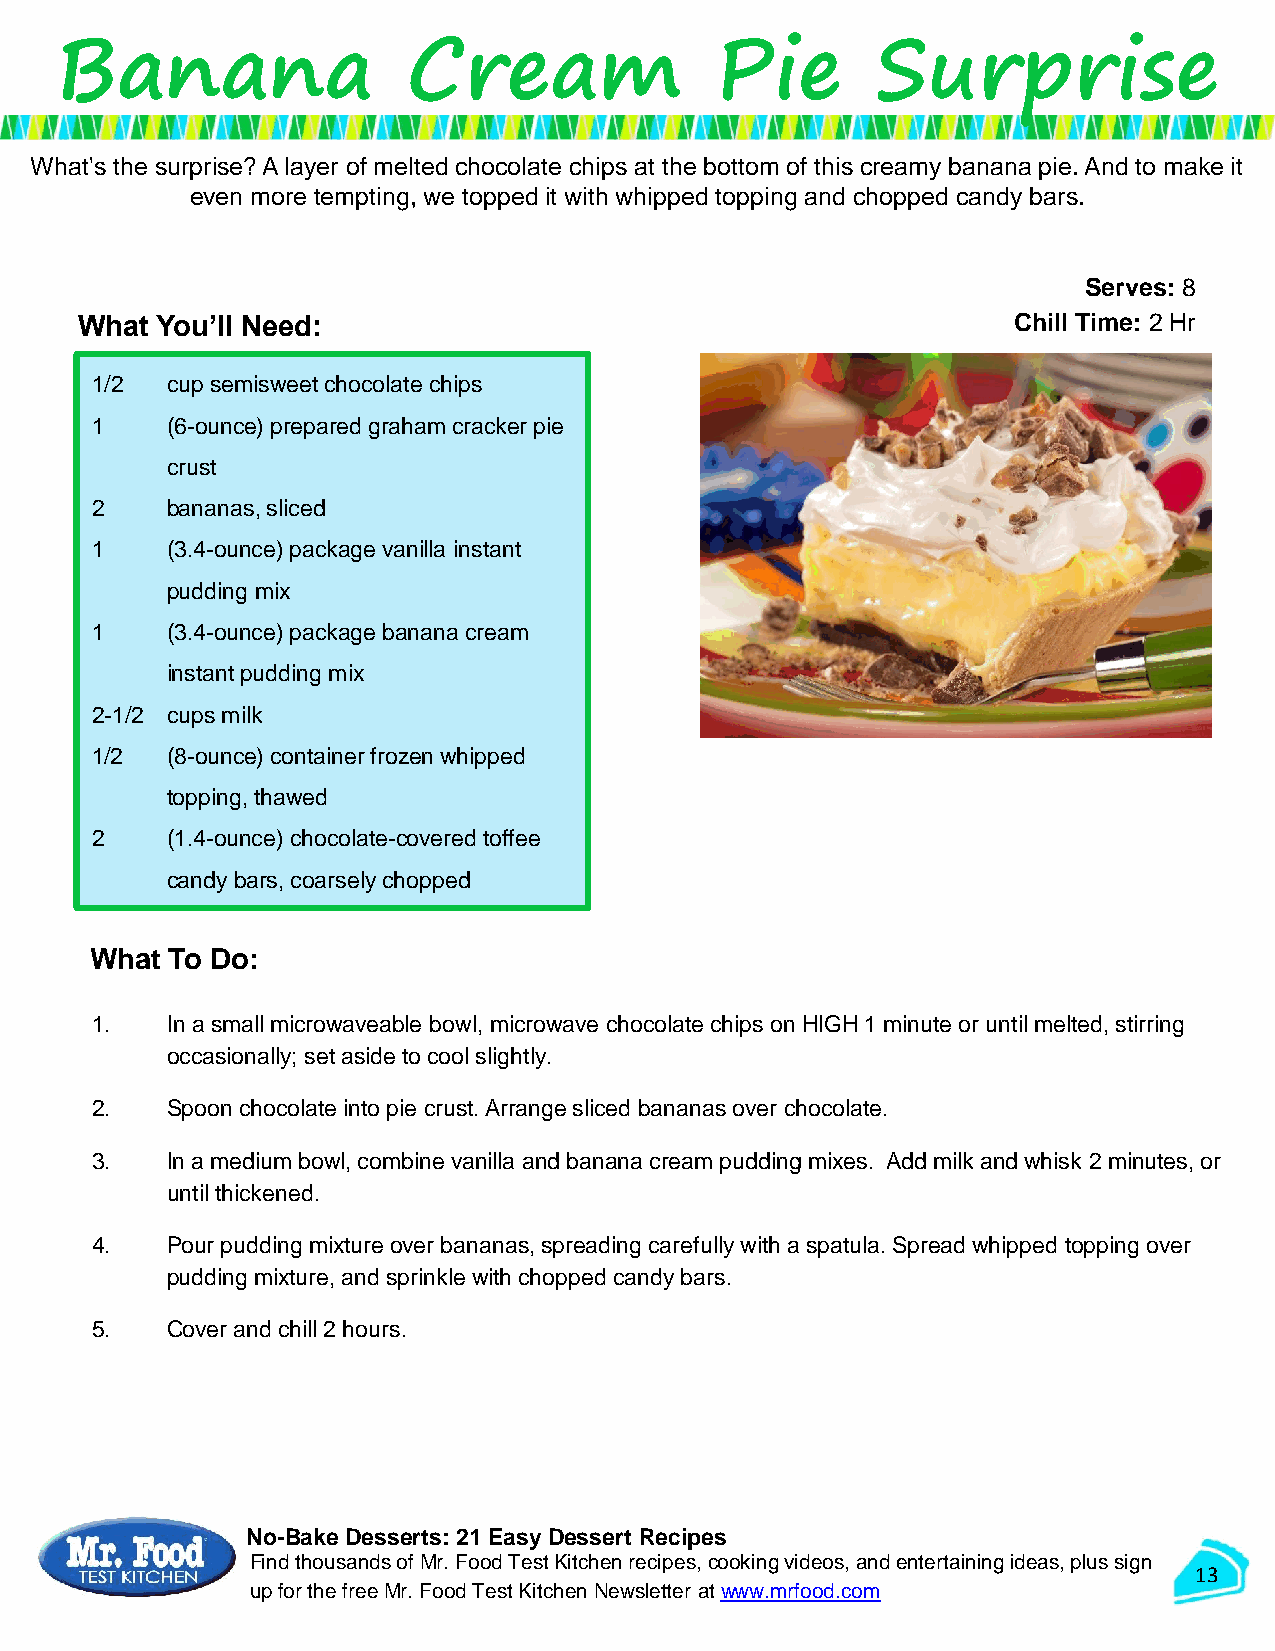
Banana                 Cream               Pie        Surprise
 What's the surprise? A layer of melted chocolate chips at the bottom of this creamy banana pie. And to make it
 even more tempting, we topped it with whipped topping and chopped candy bars.
 Serves: 8
 What You’ll Need:                                             Chill Time: 2 Hr
 1/2  cup semisweet chocolate chips
 1    (6-ounce) prepared graham cracker pie
 crust
 2    bananas, sliced
 1    (3.4-ounce) package vanilla instant
 pudding mix
 1    (3.4-ounce) package banana cream
 instant pudding mix
 2-1/2 cups milk
 1/2  (8-ounce) container frozen whipped
 topping, thawed
 2    (1.4-ounce) chocolate-covered toffee
 candy bars, coarsely chopped
 What To Do:
 1.   In a small microwaveable bowl, microwave chocolate chips on HIGH 1 minute or until melted, stirring
 occasionally; set aside to cool slightly.
 2.   Spoon chocolate into pie crust. Arrange sliced bananas over chocolate.
 3.   In a medium bowl, combine vanilla and banana cream pudding mixes. Add milk and whisk 2 minutes, or
 until thickened.
 4.   Pour pudding mixture over bananas, spreading carefully with a spatula. Spread whipped topping over
 pudding mixture, and sprinkle with chopped candy bars.
 5.   Cover and chill 2 hours.
 No-Bake Desserts: 21 Easy Dessert Recipes
 Find thousands of Mr. Food Test Kitchen recipes, cooking videos, and entertaining ideas, plus sign
 13
 up for the free Mr. Food Test KitchenNewsletter at www.mrfood.com